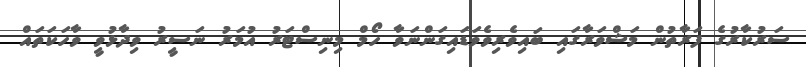
ސަރުކާރުގެ ފަރާތުން މަޝްވަރާގައި ބައިވެރިވެވަޑައިގަންނަވާ ހޯމް މިނިސްޓަރު އުމަރު ނަސީރު ވިދާޅުވީ ވާހަކަތައް